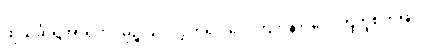
ထိုသင်္ခါရအာရုံကို။ မုဉ္စိုယ။ လွှတ်၍။ ဂေါတြဘုနာ၊ ဂေါတြဘူစိတ်ဖြင့်။